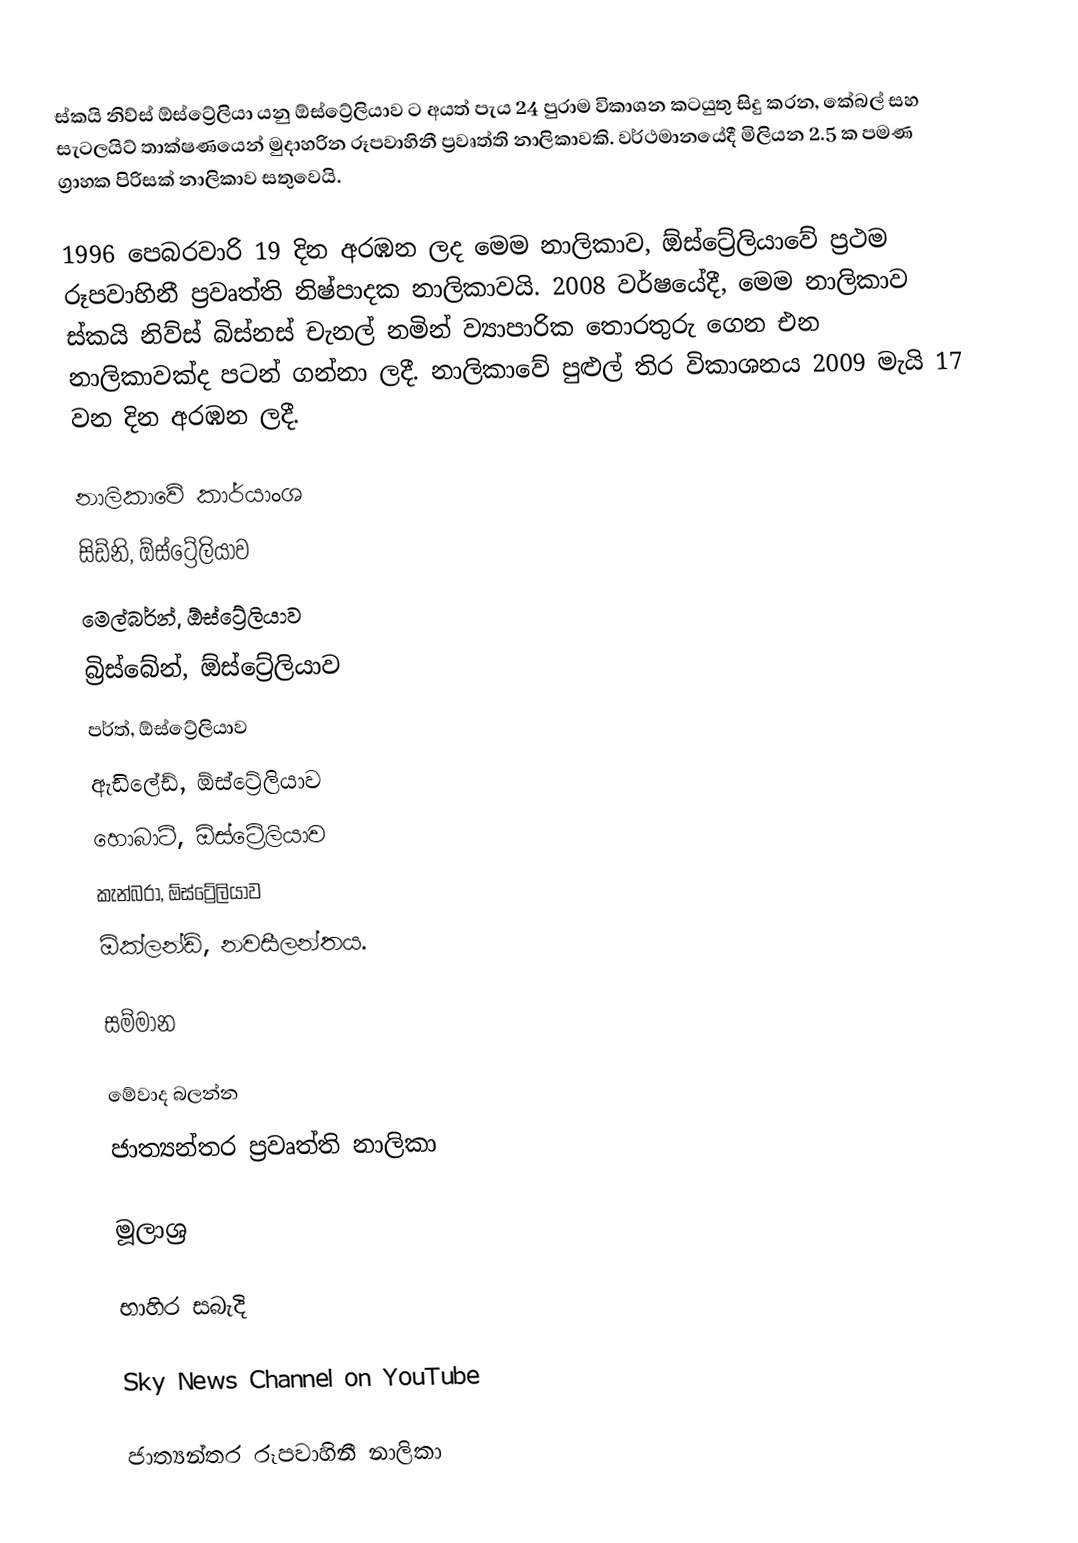
ස්කයි නිව්ස් ඕස්ට්‍රේලියා යනු ඕස්ට්‍රේලියාව ට අයත් පැය 24 පුරාම විකාශන කටයුතු සිදු කරන, කේබල් සහ සැටලයිට් තාක්ෂණයෙන් මුදාහරින රූපවාහිනී ප්‍රවෘත්ති නාලිකාවකි. වර්ථමානයේදී මිලියන 2.5 ක පමණ ග්‍රාහක පිරිසක් නාලිකාව සතුවෙයි.

1996 පෙබරවාරි 19 දින අරඹන ලද මෙම නාලිකාව, ඕස්ට්‍රේලියාවේ ප්‍රථම රූපවාහිනී ප්‍රවෘත්ති නිෂ්පාදක නාලිකාවයි. 2008 වර්ෂයේදී, මෙම නාලිකාව ස්කයි නිව්ස් බිස්නස් චැනල් නමින් ව්‍යාපාරික තොරතුරු ගෙන එන නාලිකාවක්ද පටන් ගන්නා ලදී. නාලිකාවේ පුළුල් තිර විකාශනය 2009 මැයි 17 වන දින අරඹන ලදී.

නාලිකාවේ කාර්යාංශ
 සිඩ්නි, ඕස්ට්‍රේලියාව
 මෙල්බර්න්, ඕස්ට්‍රේලියාව
 බ්‍රිස්බේන්, ඕස්ට්‍රේලියාව
 පර්ත්, ඕස්ට්‍රේලියාව
 ඇඩිලේඩ්, ඕස්ට්‍රේලියාව
 හොබාට්, ඕස්ට්‍රේලියාව
 කැන්බරා, ඕස්ට්‍රේලියාව
 ඕක්ලන්ඩ්, නවසීලන්තය.

සම්මාන

මේවාද බලන්න
 ජාත්‍යන්තර ප්‍රවෘත්ති නාලිකා

මූලාශ්‍ර

භාහිර සබැදි

Sky News Channel on YouTube

ජාත්‍යන්තර රූපවාහිනී නාලිකා